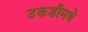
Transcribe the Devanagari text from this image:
उकडीमधे